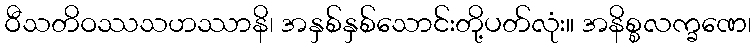
ဝီသတိဝဿသဟဿာနိ၊ အနှစ်နှစ်သောင်းတို့ပတ်လုံး။ အနိစ္စလက္ခဏေ၊